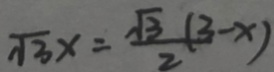
\sqrt { 3 } x = \frac { \sqrt { 3 } ( 3 - x ) } { 2 }